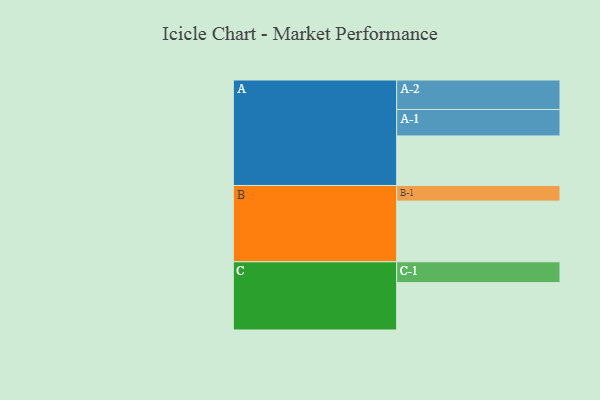
{"axis": {"x": "Segment", "y": "Value"}, "legend": ["", "A", "B", "C"], "data": [{"x": "A", "y": 440, "type": ""}, {"x": "B", "y": 539, "type": ""}, {"x": "C", "y": 421, "type": ""}, {"x": "A-1", "y": 235, "type": "A"}, {"x": "A-2", "y": 262, "type": "A"}, {"x": "B-1", "y": 139, "type": "B"}, {"x": "C-1", "y": 185, "type": "C"}]}